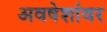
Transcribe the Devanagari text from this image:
अवषेशांवर